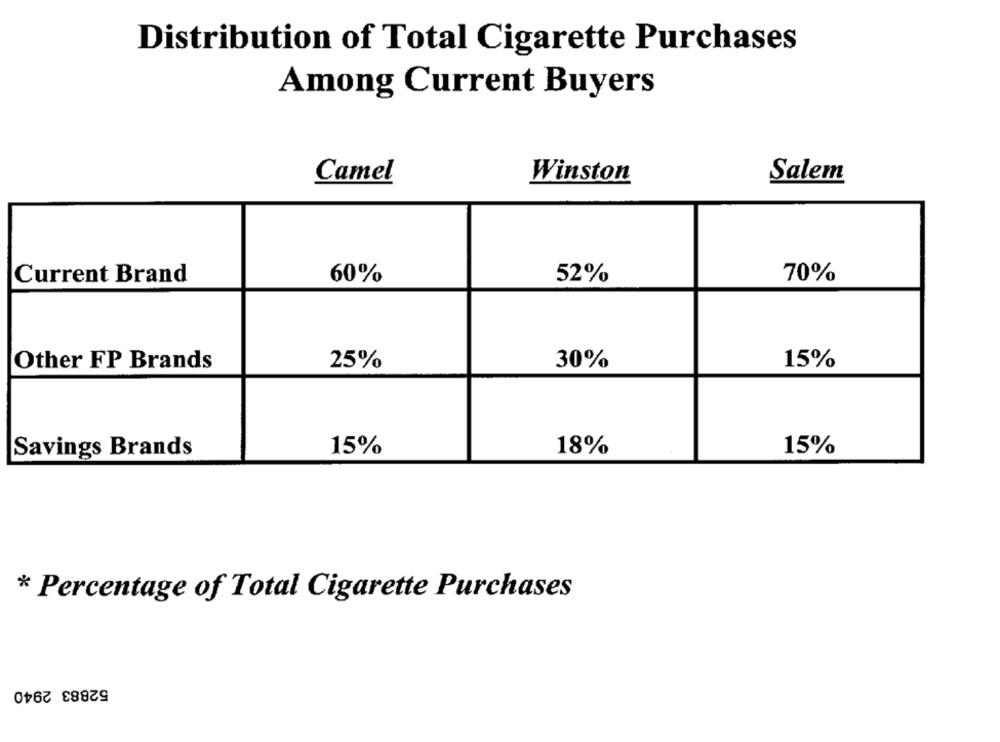
Distribution of Total Cigarette Purchases
Among Current Buyers
Winston
Salem
Camel
Current Brand
60%
52%
70%
15%
Other FP Brands
25%
30%
15%
Savings Brands
15%
18%
* Percentage of Total Cigarette Purchases
52883 2940